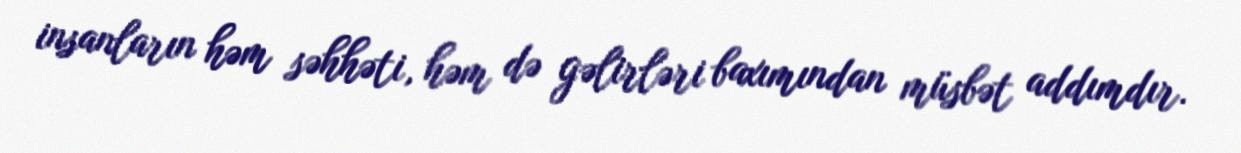
insanların həm səhhəti, həm də gəlirləri baxımından müsbət addımdır.